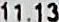
11.13